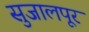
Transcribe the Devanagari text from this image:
सुजालपूर